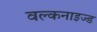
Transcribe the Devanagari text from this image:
वल्कनाइज्ड